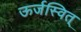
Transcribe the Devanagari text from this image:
ऊर्जस्वित्